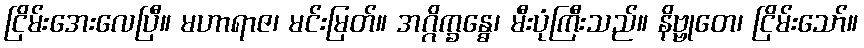
ငြိမ်းအေးလေပြီ။ မဟာရာဇ၊ မင်းမြတ်။ အဂ္ဂိက္ခန္ဓေ၊ မီးပုံကြီးသည်။ နိဗ္ဗုတေ၊ ငြိမ်းသော်။